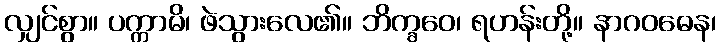
လျှင်စွာ။ ပက္ကာမိ၊ ဖဲသွားလေ၏။ ဘိက္ခဝေ၊ ရဟန်းတို့။ နာဂဝဓေန၊